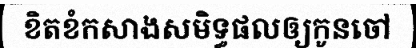
ខិតខំកសាងសមិទ្ធផលឲ្យកូនចៅ